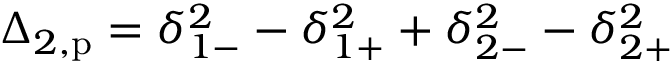
\Delta _ { 2 , \mathrm { p } } = \delta _ { 1 - } ^ { 2 } - \delta _ { 1 + } ^ { 2 } + \delta _ { 2 - } ^ { 2 } - \delta _ { 2 + } ^ { 2 }